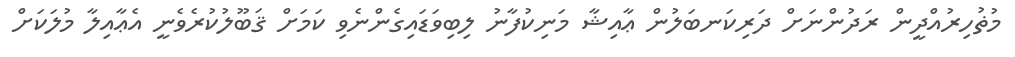
މުޡުހިރުއްދީން ރަދުންނަށް ދަރިކަނބަލުން ޢާއިޝާ މަނިކުފާނު ލިބިވަޑައިގެންނެވި ކަމަށް ޤަބޫލުކުރެވެނީ އެޢާއިލާ މުލަކަށް